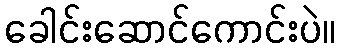
ခေါင်းဆောင်ကောင်းပဲ။